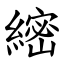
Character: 䌏